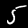
Digit: 5